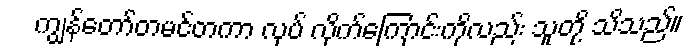
ကျွန်တော်တမင်တကာ လုပ် လိုက်ကြောင်းကိုလည်း သူတို့ သိသည်။